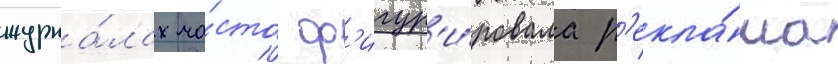
журна́лах ча́сто ф'игур'и́ровала р'екла́ма